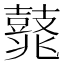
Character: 𪔛